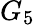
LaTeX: G_{5}